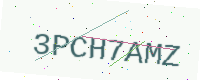
Text: 3PCH7AMZ